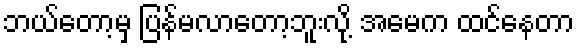
ဘယ်တော့မှ ပြန်မလာတော့ဘူးလို့ အမေက ထင်နေတာ